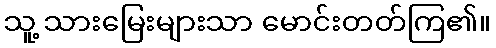
သူ့ သားမြေးများသာ မောင်းတတ်ကြ၏။